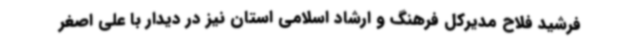
فرشید فلاح مدیرکل فرهنگ و ارشاد اسلامی استان نیز در دیدار با علی اصغر